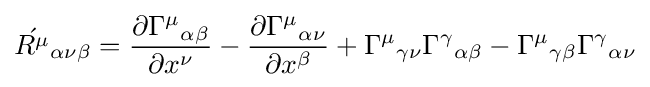
{\acute {{R}^{\mu }}}_{\alpha \nu \beta }={{\partial {{\Gamma }^{\mu }}}_{\alpha \beta } \over {\partial x^{\nu }}}-{{\partial {{\Gamma }^{\mu }}}_{\alpha \nu } \over {\partial x^{\beta }}}+{{\Gamma }^{\mu }}_{\gamma \nu }{{\Gamma }^{\gamma }}_{\alpha \beta }-{{\Gamma }^{\mu }}_{\gamma \beta }{{\Gamma }^{\gamma }}_{\alpha \nu }